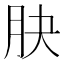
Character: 䏐